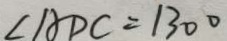
\angle A D C = 1 3 0 ^ { \circ }